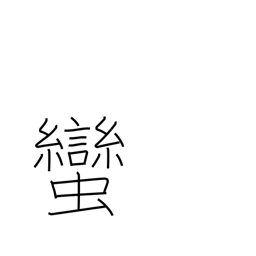
Meaning: barbarian